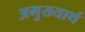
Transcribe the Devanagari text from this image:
अमुख्यार्थ